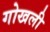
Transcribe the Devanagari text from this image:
गोखली